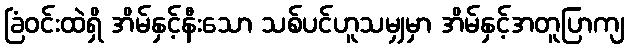
ခြံဝင်းထဲရှိ အိမ်နှင့်နီးသော သစ်ပင်ဟူသမျှမှာ အိမ်နှင့်အတူပြာကျ